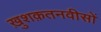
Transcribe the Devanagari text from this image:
ख़ुशक़तनवीसों